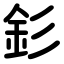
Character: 釤